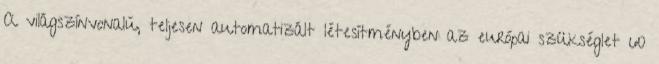
A világszínvonalú, teljesen automatizált létesítményben az európai szükséglet 60